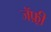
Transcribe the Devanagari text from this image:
जॅफ़्री